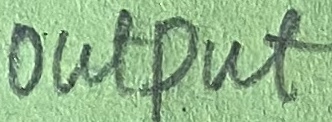
Text: OUTPUT